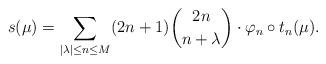
LaTeX: \begin{align*}s(\mu)=\sum_{|\lambda|\leq n\leq M}(2n+1)\binom{2n}{n+\lambda}\cdot\varphi_n\circ t_n(\mu).\end{align*}